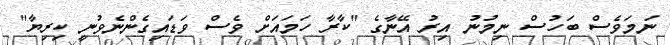
ނަމަވެސް ބަހުސް ނިމުނު އިރު އޭނާގެ "ކާރާ ހަމައަށް ވެސް ވަޑައިގެންނެވުނީ ކިރިޔާ"